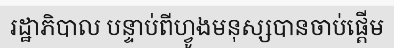
រដ្ឋាភិបាល បន្ទាប់ពីហ្វូងមនុស្សបានចាប់ផ្តើម